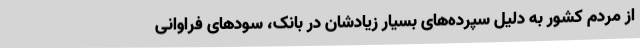
از مردم کشور به دلیل سپرده‌های بسیار زیادشان در بانک، سودهای فراوانی